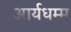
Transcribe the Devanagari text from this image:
आर्यधम्म